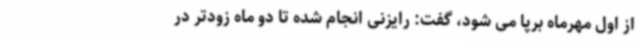
از اول مهرماه برپا می شود، گفت: رایزنی انجام شده تا دو ماه زودتر در